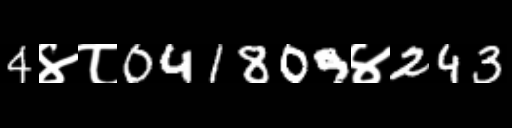
Text: 4४८041809४243